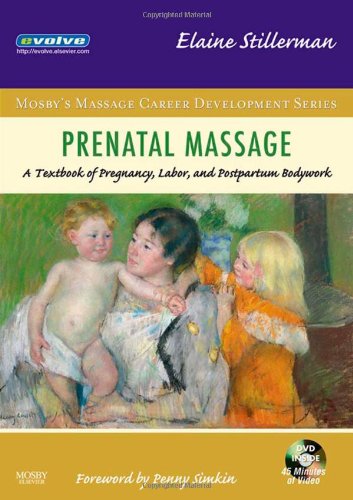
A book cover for Prenatal Massage: A Textbook of Pregnancy, Labor, and Postpartum Bodywork, 1e (Mosby's Massage Career Development); Elaine Stillerman LMT; Medical Books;